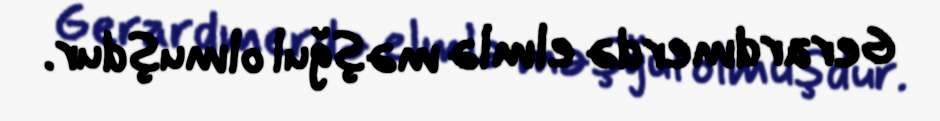
Gerardmerdə elmlə məşğul olmuşdur.